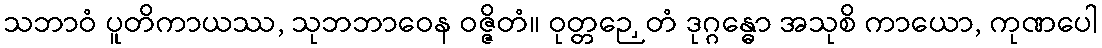
သဘာဝံ ပူတိကာယဿ, သုဘဘာဝေန ဝဇ္ဇိတံ။ ဝုတ္တဉှေတံ ဒုဂ္ဂန္ဓော အသုစိ ကာယော, ကုဏပေါ